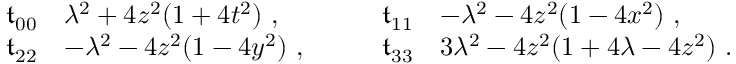
\begin{array} { r l } { \mathfrak { t } _ { 0 0 } } & { \= \lambda ^ { 2 } + 4 z ^ { 2 } ( 1 + 4 t ^ { 2 } ) \ , } \\ { \mathfrak { t } _ { 2 2 } } & { \= - \lambda ^ { 2 } - 4 z ^ { 2 } ( 1 - 4 y ^ { 2 } ) \ , } \end{array} \qquad \begin{array} { r l } { \mathfrak { t } _ { 1 1 } } & { \= - \lambda ^ { 2 } - 4 z ^ { 2 } ( 1 - 4 x ^ { 2 } ) \ , } \\ { \mathfrak { t } _ { 3 3 } } & { \= 3 \lambda ^ { 2 } - 4 z ^ { 2 } ( 1 + 4 \lambda - 4 z ^ { 2 } ) \ . } \end{array}